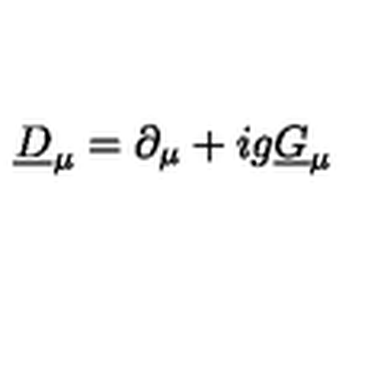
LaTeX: \underline { { D } } _ { \mu } = \partial _ { \mu } + i g \underline { { G } } _ { \mu }